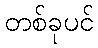
တစ်ခုပင်